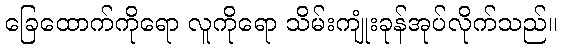
ခြေထောက်ကိုရော လူကိုရော သိမ်းကျုံးခုန်အုပ်လိုက်သည်။